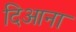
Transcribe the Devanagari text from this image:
दिआना